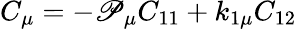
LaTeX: C_{\mu}=-\mathscr{P}_{\mu}C_{11}+k_{1\mu}C_{12}